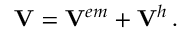
\mathbf { V } = \mathbf { V } ^ { e m } + \mathbf { V } ^ { h } \, .